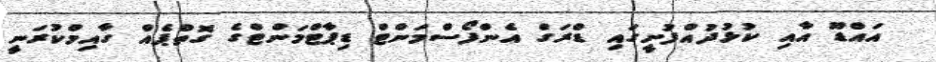
އައްޑޫ އާއި ކުޅުދުއްފުށީގައި ޑްރަގް އެންފޯސްމަންޓް ޑިޕާޓްމަންޓްގެ ގޮތްޕެއް ގާއިމްކުރަނީ